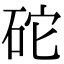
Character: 砣